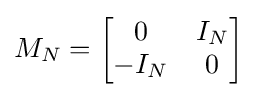
M_{N}={\begin{bmatrix}0&I_{N}\\-I_{N}&0\\\end{bmatrix}}